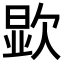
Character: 𪴯